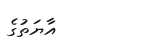
އާޔަތުގެ